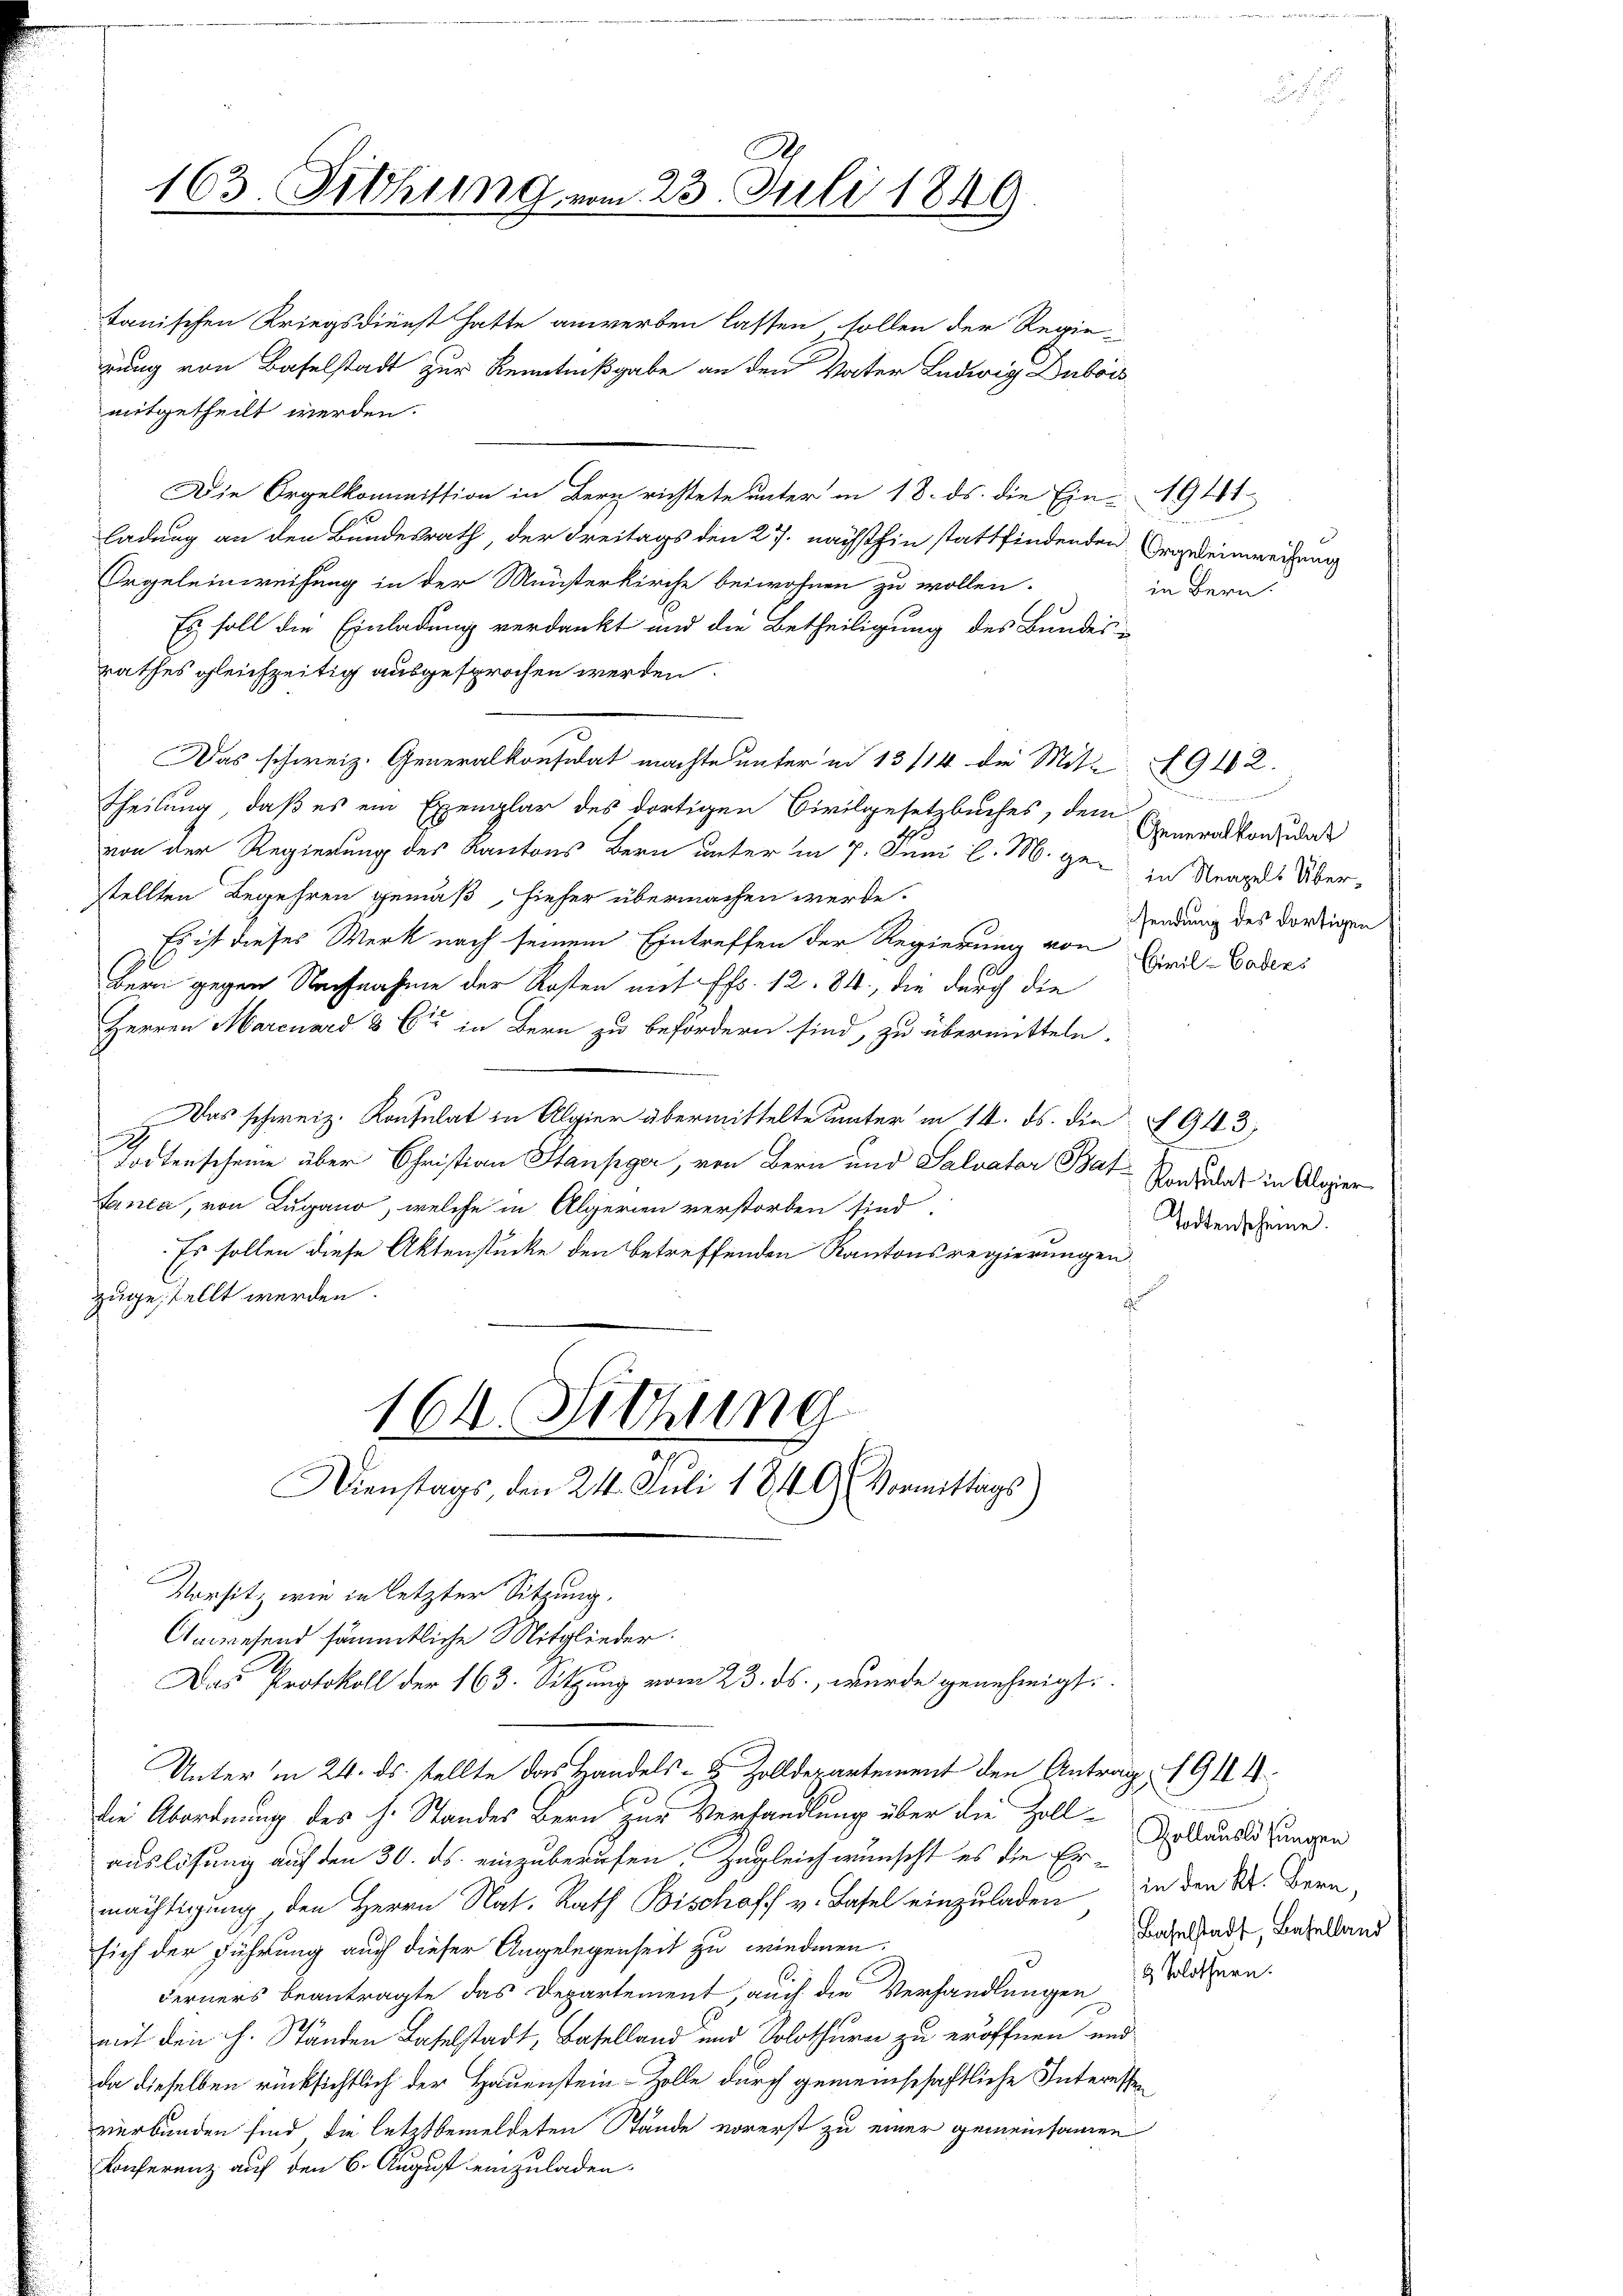
d

.
163. Fiehung vom 23. Juli 1849

tanischen Kriegsdienst hatte anwerben lassen sollen der Regie-
rung von Baselstadt zur Kenntnißgabe an den Vater Ludwig Dubois
mitgetheilt werden.
Die Orgelkommission in Bern richtete unter in 18. ds. die Ein- 1941.
ladung an den Bundesrath, der Freitags den 27. nächsthin stattfindenden Orgeleinweisung
Orgeleinweisung in der Münsterkirche beiwohnen zu wollen.
Es soll die Einladung verdankt und die Betheiligung des Bundes-
rathes gleichzeitig ausgesprochen werden.
Das schweiz. Generalkonsidat machte unter ad 13/14 die Mit- 1912.
Theilung, daß es ein Exemplar des dortigen Civilgesetzbuches, dem
von der Regierung des Kantons Bern unter d 7. Juni l. M. ge- zu Strages Über-
tellten Begehren gemäß, hieser übermachen werde.
Es ist dieses Werk nach seinem Eintreffen der Regierung von Civil-Bodens
Bern gegen Nachnahme der Kosten mit Fr. 12. 84, die durch die
Herren Marcuard & Cie in Bern zu befördern sind, zu übermitteln.
Das schweiz. Konsulat in Algier übermittelte unter in 14. ds. die § 943,
.
Todtenscheine über Christian Stanpger, von Bern und Salvator Bat-Handelt in Aloger
Ganca, von Lugano, welche in Algerien verstorben sind,
Es sollen diese Aktenstücke den betreffenden Kantonsregierungen
ugestellt werden.
164 Hitzung
d
m
Dienstags, den 24. Juli 1849. Vormittags
Vorsitz wie in letzter Sitzung.
Anwesend sämmtliche Mitglieder.
Das Protokoll der 163. Sitzung vom 23. ds., wurde genehmigt:
Unter in 24. ds. stellte das Handels- & Zolldepartement den Antrag. 1911.
die Abordnung des H. Standes Bern zur Verhandlung über die Zoll-
Zollauslösungen
auslösung auf den 30. ds. einzuberufen. Zugleich wünscht es die Er-
in den Kt. Bern,
nächtigung, den Herrn Nat. Rath Bischoff v. Basel einzuladen
Baselstadt, Baselland
sich der Führung auch dieser Angelegenheit zu wiedmen.
Ferners beantragte das Departement, auch die Verhandlungen litern.
ich den h. Ständen Baselstadt, Baselland und Solothurer zu eröffnen und
da dieselben rücksichtlich der Hauenstein-Zolle durch gemeinschaftliche Interessen
verbunden sind, die letztbemeldeten Stände vorerst zu einer gemeinsamen
Konferenz auf den 6. August einzuladen.

in Bern.

Generalkonsulat
sendung des dortigen

n

Todtenscheine.